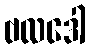
ဗလဒေါ